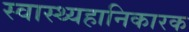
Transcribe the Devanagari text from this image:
स्वास्थ्यहानिकारक